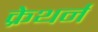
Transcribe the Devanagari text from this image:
क्रेथर्न